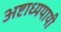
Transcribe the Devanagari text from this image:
अष्टाध्ययायी